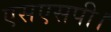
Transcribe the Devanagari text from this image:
एसएसपी।